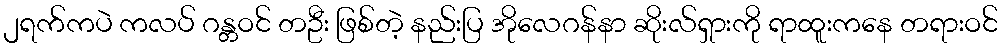
၂ရက်ကပဲ ကလပ် ဂန္တဝင် တဦး ဖြစ်တဲ့ နည်းပြ အိုလေဂန်နာ ဆိုးလ်ရှားကို ရာထူးကနေ တရားဝင်